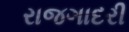
રાજગાદરી